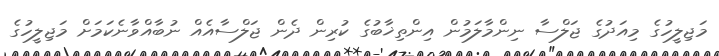
މަޖިލީހުގެ މިއަދުގެ ޖަލްސާ ނިންމާލަމުން އިންތިޚާބުގެ ކުރިން ދެން ޖަލްސާއެއް ނުބާއްވާނެކަމަށް މަޖިލީހުގެ